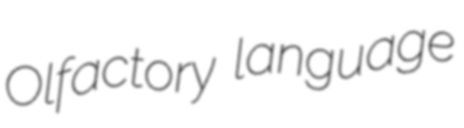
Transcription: Olfactory language